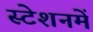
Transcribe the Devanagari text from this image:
स्टेशनमें